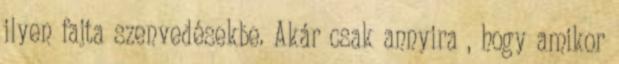
ilyen fajta szenvedésekbe. Akár csak annyira , hogy amikor